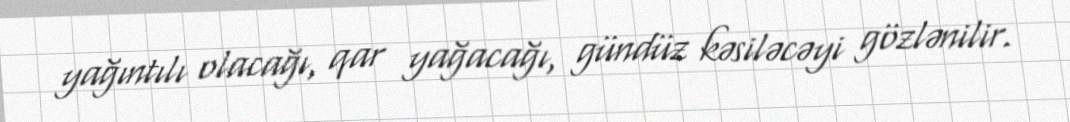
yağıntılı olacağı, qar yağacağı, gündüz kəsiləcəyi gözlənilir.